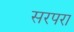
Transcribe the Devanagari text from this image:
सरपरा